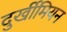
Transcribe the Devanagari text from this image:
दुर्खीमियन